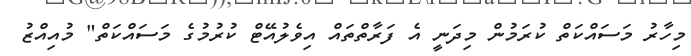
މިހާރު މަސައްކަތް ކުރަމުން މިދަނީ އެ ފަރާތްތައް އިވެލުއޭޓް ކުރުމުގެ މަސައްކަތް" މުއިއްޒު